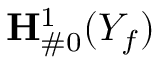
{ \bf { H } } _ { \# 0 } ^ { 1 } ( Y _ { f } )